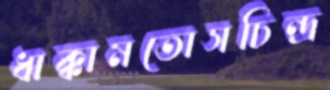
ধাক্কামতোসচিন্দ্র